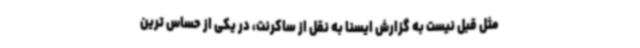
مثل قبل نیست به گزارش ایسنا به نقل از ساکرنت، در یکی از حساس ترین